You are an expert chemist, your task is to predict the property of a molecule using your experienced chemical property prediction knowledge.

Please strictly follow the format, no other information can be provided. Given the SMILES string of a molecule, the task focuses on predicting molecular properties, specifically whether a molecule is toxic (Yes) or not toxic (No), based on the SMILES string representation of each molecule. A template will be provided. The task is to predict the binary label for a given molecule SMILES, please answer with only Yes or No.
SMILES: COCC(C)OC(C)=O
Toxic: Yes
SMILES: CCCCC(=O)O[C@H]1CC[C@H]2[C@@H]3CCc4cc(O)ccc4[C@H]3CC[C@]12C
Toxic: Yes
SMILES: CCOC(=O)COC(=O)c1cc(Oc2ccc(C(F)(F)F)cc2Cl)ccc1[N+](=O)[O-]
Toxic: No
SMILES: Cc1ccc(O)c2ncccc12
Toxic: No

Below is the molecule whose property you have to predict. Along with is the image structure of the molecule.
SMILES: O=P([O-])([O-])OC[C@@]1(O)O[C@H](COP(=O)([O-])O)[C@@H](O)[C@@H]1O
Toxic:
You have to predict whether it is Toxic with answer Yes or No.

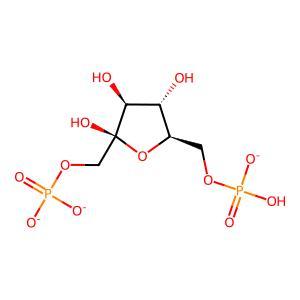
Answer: No